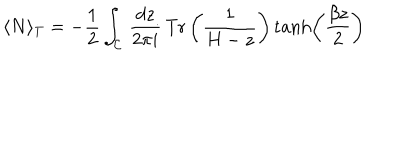
\langle N \rangle _ { T } = - \frac { 1 } { 2 } \int _ { \mathcal { C } } \, \frac { d z } { 2 \pi i } \, \textrm { T r } \left( \frac { 1 } { H - z } \right) \tanh \left( \frac { \beta z } { 2 } \right)